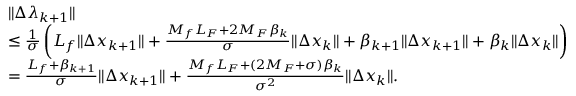
\begin{array} { r l } & { \| \Delta \lambda _ { k + 1 } \| } \\ & { \leq \frac { 1 } { \sigma } \left( { L _ { f } \| \Delta x _ { k + 1 } \| + \frac { M _ { f } L _ { F } + 2 M _ { F } \beta _ { k } } { \sigma } \| \Delta x _ { k } \| + \beta _ { k + 1 } \| \Delta x _ { k + 1 } \| + \beta _ { k } \| \Delta x _ { k } \| } \right) } \\ & { = \frac { L _ { f } + \beta _ { k + 1 } } { \sigma } \| \Delta x _ { k + 1 } \| + \frac { M _ { f } L _ { F } + ( 2 M _ { F } + \sigma ) \beta _ { k } } { \sigma ^ { 2 } } \| \Delta x _ { k } \| . } \end{array}